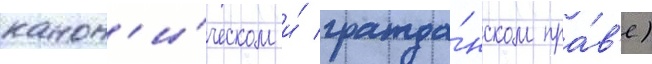
канон'и́ческом и́ гражда́нском пра́в'е)